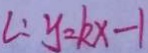
l : y = k x - 1